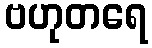
ဗဟုတရေ